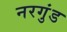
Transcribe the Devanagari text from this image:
नरगुंड